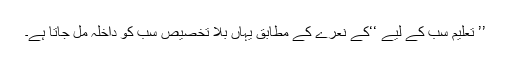
’’ تعلیم سب کے لیے ‘‘کے نعرے کے مطابق یہاں بلا تخصیص سب کو داخلہ مل جاتا ہے۔